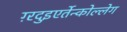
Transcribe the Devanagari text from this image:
ग़्रदुइएर्तेन्कोल्लेग